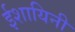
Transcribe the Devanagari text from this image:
ईशायिनी